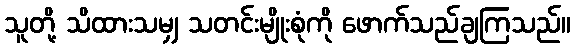
သူတို့ သိထားသမျှ သတင်းမျိုးစုံကို ဖောက်သည်ချကြသည်။